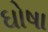
ઘોષા